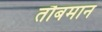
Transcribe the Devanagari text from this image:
तौबमान